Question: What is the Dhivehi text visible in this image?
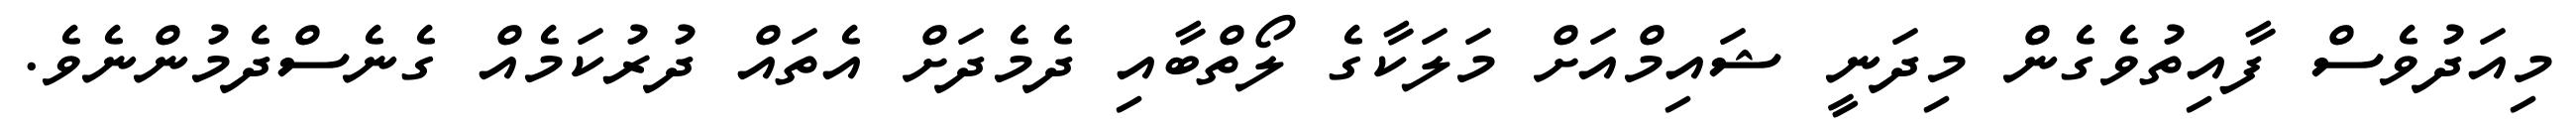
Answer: މިއަދުވެސް ފާއިތުވެގެން މިދަނީ ޝައިމްއަށް މަލަކާގެ ލޯތްބާއި ދެމެދަށް އެތައް ދުރުކަމެއް ގެނެސްދެމުންނެވެ.